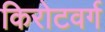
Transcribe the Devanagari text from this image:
किरोटवर्ग